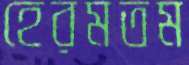
হেরমতম